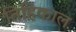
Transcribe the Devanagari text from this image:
तिहिकाल